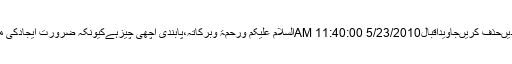
جواب دیںحذف کریںجاویداقبال5/23/2010 11:40:00 AMالسلام علیکم ورحمۃ وبرکاتہ،پابندی اچھی چیزہےکیونکہ ضرورت ایجادکی ماں ہے۔